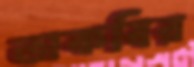
তাকবির